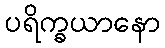
ပရိက္ခယာနော